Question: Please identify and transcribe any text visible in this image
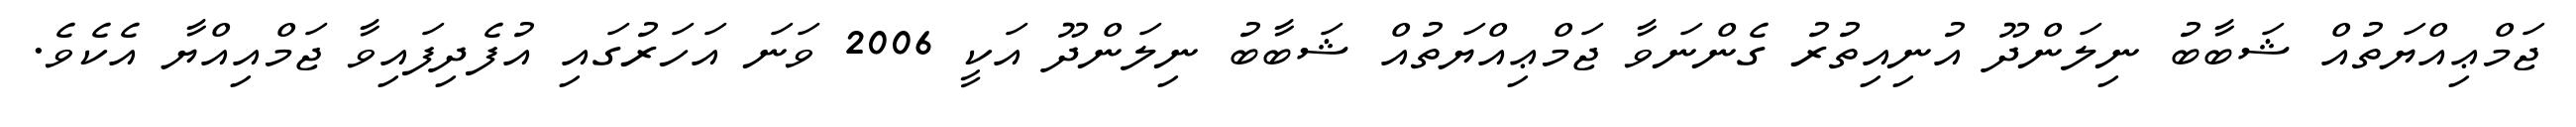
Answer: ޖަމްޢިއްޔަތުއް ޝަބާބު ނިލަންދޫ އުނިއިތުރު ގެންނަވާ ޖަމްޢިއްޔަތުއް ޝަބާބު ނިލަންދޫ އަކީ 2006 ވަނަ އަހަރުގައި އުފެދިފައިވާ ޖަމްއިއްޔާ އެކެވެ.